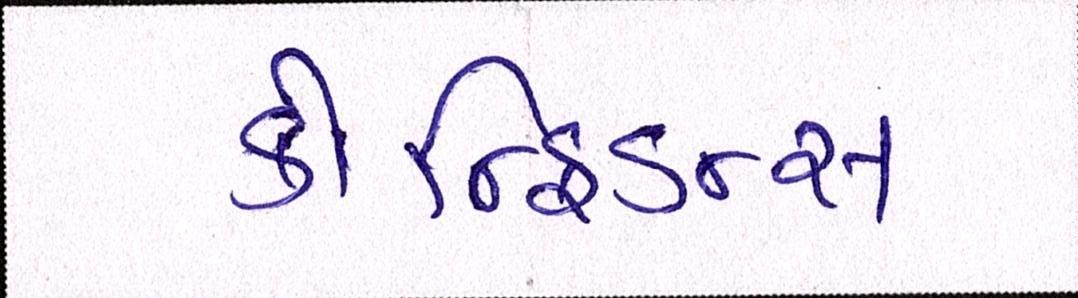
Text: કોન્ફિડન્સ